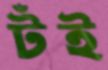
টঁই